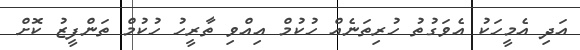
އަދި އެމީހަކު އެވަގުތު ހުރިތަނެއް ހުކުމް އިއްވި ތާރީހު ހުކުމް ތަންފީޒު ކޮށް